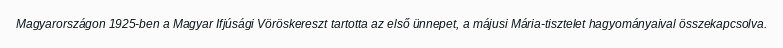
Magyarországon 1925-ben a Magyar Ifjúsági Vöröskereszt tartotta az első ünnepet, a májusi Mária-tisztelet hagyományaival összekapcsolva.